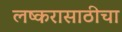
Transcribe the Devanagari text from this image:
लष्करासाठीचा